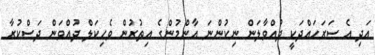
އަދި އެ ސަރަހައްދަކީ ދުއްވާލަން ނިކުންނަ އާންމުންގެ އިތުރުން ވެހިކަލް ދުއްވަން ދަސްކުރާ